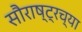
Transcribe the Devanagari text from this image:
सौराष्ट्रच्या